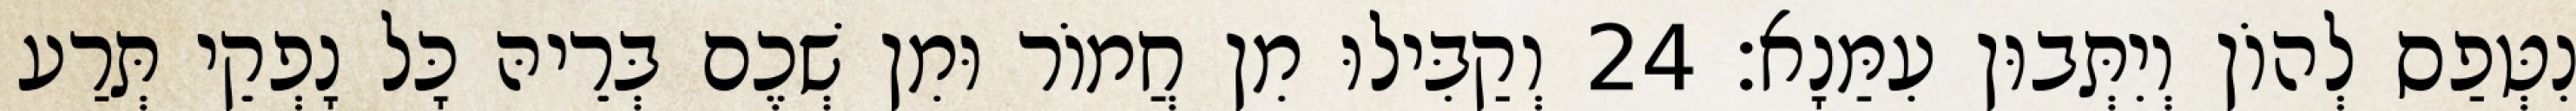
נִטְּפַס לְהוֹן וְיִתְּבוּן עִמַּנָא׃ 24 וְקַבִּילוּ מִן חֲמוֹר וּמִן שְׁכֶם בְּרֵיהּ כָּל נָפְקֵי תְּרַע